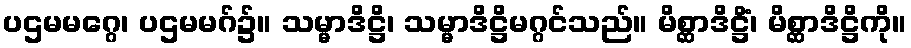
ပဌမမဂ္ဂေ၊ ပဌမမဂ်၌။ သမ္မာဒိဋ္ဌိ၊ သမ္မာဒိဋ္ဌိမဂ္ဂင်သည်။ မိစ္ဆာဒိဋ္ဌိံ၊ မိစ္ဆာဒိဋ္ဌိကို။